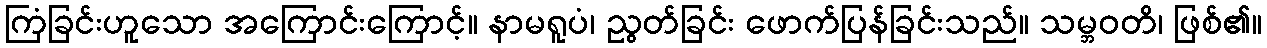
ကြံခြင်းဟူသော အကြောင်းကြောင့်။ နာမရူပံ၊ ညွတ်ခြင်း ဖောက်ပြန်ခြင်းသည်။ သမ္ဘဝတိ၊ ဖြစ်၏။